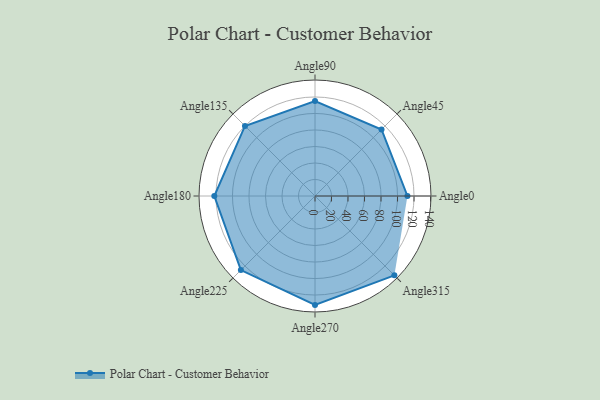
{"axis": {"x": "Angle", "y": "Radius"}, "legend": [""], "data": [{"x": "Angle0", "y": 112.0, "type": ""}, {"x": "Angle45", "y": 114.0, "type": ""}, {"x": "Angle90", "y": 115.0, "type": ""}, {"x": "Angle135", "y": 120.0, "type": ""}, {"x": "Angle180", "y": 122.0, "type": ""}, {"x": "Angle225", "y": 127.0, "type": ""}, {"x": "Angle270", "y": 132.0, "type": ""}, {"x": "Angle315", "y": 136.0, "type": ""}]}